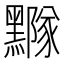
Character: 𪒛